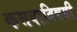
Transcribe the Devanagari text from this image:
कसबाविषयी